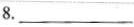
8.___